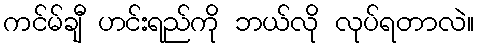
ကင်မ်ချီ ဟင်းရည်ကို ဘယ်လို လုပ်ရတာလဲ။